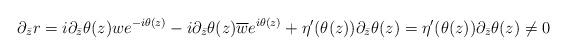
LaTeX: \begin{align*}\partial_{\bar{z}} r=i\partial_{\bar{z}}\theta(z) we^{-i\theta(z)}-i\partial_{\bar{z}}\theta(z)\overline{w}e^{i\theta(z)}+\eta'(\theta(z))\partial_{\bar{z}}\theta(z) =\eta'(\theta(z))\partial_{\bar{z}}\theta(z)\neq 0\end{align*}